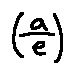
( \frac { a } { e } )